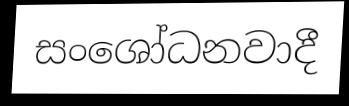
සංශෝධනවාදී